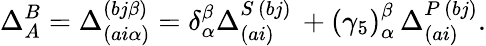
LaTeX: \Delta_{A}^{B}=\Delta_{\left(ai\alpha\right)}^{\left(bj\beta\right)}=\delta_{\alpha}^{\beta}\Delta_{\left(ai\right)}^{S\, \left(bj\right)}\, +\left(\gamma_{5}\right)_{\alpha}^{\beta}\, \Delta_{\left(ai\right)}^{P\, \left(bj\right)}.